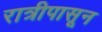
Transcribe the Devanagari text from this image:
रात्रीपासून